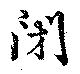
閉